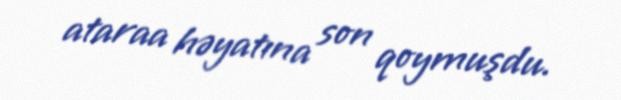
ataraa həyatına son qoymuşdu.